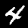
Digit: 4